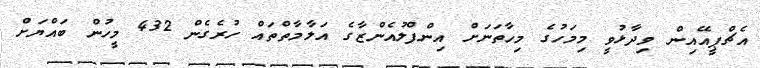
އެޗްޕީއޭއިން ވިދާޅުވީ މިމަހުގެ މިހާތަނަށް އިންފްލުއެންޒާގެ އަލާމާތްތައް ހުރެގެން 432 މީހުން ބައްޔަށް